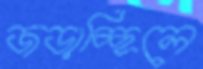
জড়াচ্ছিলে